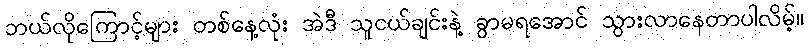
ဘယ်လိုကြောင့်များ တစ်နေ့လုံး အဲဒီ သူငယ်ချင်းနဲ့ ခွာမရအောင် သွားလာနေတာပါလိမ့်။